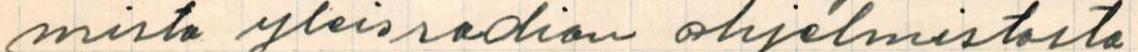
mista yleisradion ohjelmistosta